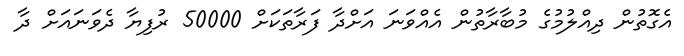
އެގޮތުން ދިއްލުމުގެ މުބާރާތުން އެއްވަނަ އަށްދާ ފަރާތަކަށް 50000 ރުފިޔާ ދެވަނައަށް ދާ